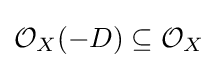
{\mathcal {O}}_{X}(-D)\subseteq {\mathcal {O}}_{X}